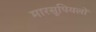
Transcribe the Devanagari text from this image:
मारसूपियलों